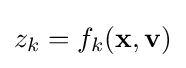
z_{k}=f_{k}(\mathbf {x} ,\mathbf {v} )